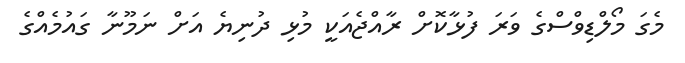
މެގަ މޯލްޑިވްސްގެ ވަރަ ފުޅާކޮށް ރާއްޖެއަކީ މުޅި ދުނިޔެ އަށް ނަމޫނާ ގައުމެއްގެ